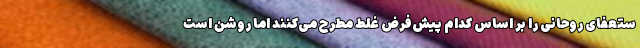
ستعفای روحانی را بر اساس کدام پیش‌فرض غلط مطرح می‌کنند اما روشن است